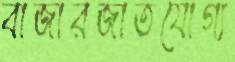
বাজারজাতযোগ্য